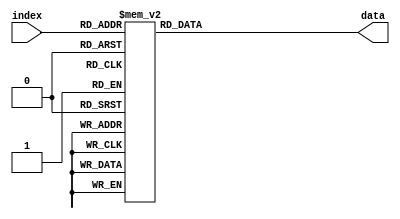
module DS1(index, data);

	/*
		I/O
	*/
	input [5:0] index;
	output reg [109:0] data; 
	
	/*
		Data
	*/
	always @(*)
	begin
		case(index)
			6'b000000:
			begin
				data[6:0] = 7'd77;
				data[7] = 1'd0;
				data[15:8] = 8'd255;
				data[23:16] = 8'd175;
				data[31:24] = 8'd100;
				data[47:32] = 16'd3000;
				data[55:48] = 8'd239;
				data[63:56] = 8'd17;
				data[79:64] = 16'd0;
				data[85:80] = 6'd1;
				data[109:86] = 24'd4272433;		
			end
			6'b000001:
			begin
				data[6:0] = 7'd77;
				data[7] = 1'd1;
				data[15:8] = 8'd254;
				data[23:16] = 8'd176;
				data[31:24] = 8'd100;
				data[47:32] = 16'd3500;
				data[55:48] = 8'd239;
				data[63:56] = 8'd17;
				data[79:64] = 16'd0;
				data[85:80] = 6'd1;
				data[109:86] = 24'd4272433;
			end 
			6'b000010:
			begin
				data[6:0] = 7'd77;
				data[7] = 1'd0;
				data[15:8] = 8'd253;
				data[23:16] = 8'd177;
				data[31:24] = 8'd100;
				data[47:32] = 16'd4000;
				data[55:48] = 8'd239;
				data[63:56] = 8'd17;
				data[79:64] = 16'd0;
				data[85:80] = 6'd1;
				data[109:86] = 24'd4272433;
			end 
			6'b000011:
			begin
				data[6:0] = 7'd77;
				data[7] = 1'd1;
				data[15:8] = 8'd252;
				data[23:16] = 8'd178;
				data[31:24] = 8'd100;
				data[47:32] = 16'd4500;
				data[55:48] = 8'd239;
				data[63:56] = 8'd17;
				data[79:64] = 16'd0;
				data[85:80] = 6'd1;
				data[109:86] = 24'd4272433;
			end 
			6'b000100:
			begin
				data[6:0] = 7'd77;
				data[7] = 1'd1;
				data[15:8] = 8'd251;
				data[23:16] = 8'd179;
				data[31:24] = 8'd100;
				data[47:32] = 16'd5000;
				data[55:48] = 8'd239;
				data[63:56] = 8'd17;
				data[79:64] = 16'd0;
				data[85:80] = 6'd1;
				data[109:86] = 24'd4272433;
			end 
			6'b000101:
			begin
				data[6:0] = 7'd77;
				data[7] = 1'd1;
				data[15:8] = 8'd250;
				data[23:16] = 8'd180;
				data[31:24] = 8'd100;
				data[47:32] = 16'd5500;
				data[55:48] = 8'd239;
				data[63:56] = 8'd17;
				data[79:64] = 16'd0;
				data[85:80] = 6'd1;
				data[109:86] = 24'd4272433;
			end 
			6'b000110:
			begin
				data[6:0] = 7'd77;
				data[7] = 1'd0;
				data[15:8] = 8'd249;
				data[23:16] = 8'd181;
				data[31:24] = 8'd100;
				data[47:32] = 16'd6000;
				data[55:48] = 8'd239;
				data[63:56] = 8'd17;
				data[79:64] = 16'd0;
				data[85:80] = 6'd1;
				data[109:86] = 24'd4272433;
			end 
			6'b000111:
			begin
				data[6:0] = 7'd77;
				data[7] = 1'd0;
				data[15:8] = 8'd248;
				data[23:16] = 8'd182;
				data[31:24] = 8'd100;
				data[47:32] = 16'd6500;
				data[55:48] = 8'd239;
				data[63:56] = 8'd17;
				data[79:64] = 16'd0;
				data[85:80] = 6'd1;
				data[109:86] = 24'd4272433;
			end 
			6'b001000:
			begin
				data[6:0] = 7'd77;
				data[7] = 1'd0;
				data[15:8] = 8'd247;
				data[23:16] = 8'd183;
				data[31:24] = 8'd100;
				data[47:32] = 16'd7000;
				data[55:48] = 8'd239;
				data[63:56] = 8'd17;
				data[79:64] = 16'd0;
				data[85:80] = 6'd1;
				data[109:86] = 24'd4272433;
			end
			6'b001001:
			begin
				data[6:0] = 7'd77;
				data[7] = 1'd0;
				data[15:8] = 8'd246;
				data[23:16] = 8'd184;
				data[31:24] = 8'd100;
				data[47:32] = 16'd7500;
				data[55:48] = 8'd239;
				data[63:56] = 8'd17;
				data[79:64] = 16'd0;
				data[85:80] = 6'd1;
				data[109:86] = 24'd4272433;
			end
			6'b001010:
			begin
				data[6:0] = 7'd77;
				data[7] = 1'd0;
				data[15:8] = 8'd245;
				data[23:16] = 8'd185;
				data[31:24] = 8'd100;
				data[47:32] = 16'd8000;
				data[55:48] = 8'd239;
				data[63:56] = 8'd17;
				data[79:64] = 16'd0;
				data[85:80] = 6'd1;
				data[109:86] = 24'd4272433;
			end
			6'b001011:
			begin
				data[6:0] = 7'd77;
				data[7] = 1'd0;
				data[15:8] = 8'd244;
				data[23:16] = 8'd186;
				data[31:24] = 8'd100;
				data[47:32] = 16'd8500;
				data[55:48] = 8'd239;
				data[63:56] = 8'd17;
				data[79:64] = 16'd0;
				data[85:80] = 6'd1;
				data[109:86] = 24'd4272433;
			end
			6'b001100:
			begin
				data[6:0] = 7'd77;
				data[7] = 1'd0;
				data[15:8] = 8'd243;
				data[23:16] = 8'd187;
				data[31:24] = 8'd100;
				data[47:32] = 16'd9000;
				data[55:48] = 8'd239;
				data[63:56] = 8'd17;
				data[79:64] = 16'd0;
				data[85:80] = 6'd1;
				data[109:86] = 24'd4272433;
			end
			6'b001101:
			begin
				data[6:0] = 7'd77;
				data[7] = 1'd0;
				data[15:8] = 8'd242;
				data[23:16] = 8'd188;
				data[31:24] = 8'd100;
				data[47:32] = 16'd9500;
				data[55:48] = 8'd239;
				data[63:56] = 8'd17;
				data[79:64] = 16'd0;
				data[85:80] = 6'd1;
				data[109:86] = 24'd4272433;
			end
			6'b001110:
			begin
				data[6:0] = 7'd77;
				data[7] = 1'd0;
				data[15:8] = 8'd241;
				data[23:16] = 8'd189;
				data[31:24] = 8'd100;
				data[47:32] = 16'd10000;
				data[55:48] = 8'd239;
				data[63:56] = 8'd17;
				data[79:64] = 16'd0;
				data[85:80] = 6'd1;
				data[109:86] = 24'd4272433;
			end
			6'b001111:
			begin
				data[6:0] = 7'd77;
				data[7] = 1'd1;
				data[15:8] = 8'd240;
				data[23:16] = 8'd190;
				data[31:24] = 8'd100;
				data[47:32] = 16'd10500;
				data[55:48] = 8'd239;
				data[63:56] = 8'd17;
				data[79:64] = 16'd0;
				data[85:80] = 6'd1;
				data[109:86] = 24'd4272433;
			end
			6'b010000:
			begin
				data[6:0] = 7'd77;
				data[7] = 1'd1;
				data[15:8] = 8'd239;
				data[23:16] = 8'd191;
				data[31:24] = 8'd100;
				data[47:32] = 16'd11000;
				data[55:48] = 8'd239;
				data[63:56] = 8'd17;
				data[79:64] = 16'd0;
				data[85:80] = 6'd1;
				data[109:86] = 24'd4272433;
			end
			6'b010001:
			begin
				data[6:0] = 7'd77;
				data[7] = 1'd1;
				data[15:8] = 8'd238;
				data[23:16] = 8'd192;
				data[31:24] = 8'd100;
				data[47:32] = 16'd11500;
				data[55:48] = 8'd239;
				data[63:56] = 8'd17;
				data[79:64] = 16'd0;
				data[85:80] = 6'd1;
				data[109:86] = 24'd4272433;
			end
			6'b010010:
			begin
				data[6:0] = 7'd77;
				data[7] = 1'd0;
				data[15:8] = 8'd237;
				data[23:16] = 8'd193;
				data[31:24] = 8'd100;
				data[47:32] = 16'd12000;
				data[55:48] = 8'd239;
				data[63:56] = 8'd17;
				data[79:64] = 16'd0;
				data[85:80] = 6'd1;
				data[109:86] = 24'd4272433;
			end
			6'b010011:
			begin
				data[6:0] = 7'd77;
				data[7] = 1'd1;
				data[15:8] = 8'd236;
				data[23:16] = 8'd194;
				data[31:24] = 8'd100;
				data[47:32] = 16'd12500;
				data[55:48] = 8'd239;
				data[63:56] = 8'd17;
				data[79:64] = 16'd0;
				data[85:80] = 6'd1;
				data[109:86] = 24'd4272433;
			end
			6'b010100:
			begin
				data[6:0] = 7'd77;
				data[7] = 1'd0;
				data[15:8] = 8'd235;
				data[23:16] = 8'd195;
				data[31:24] = 8'd100;
				data[47:32] = 16'd13000;
				data[55:48] = 8'd239;
				data[63:56] = 8'd17;
				data[79:64] = 16'd0;
				data[85:80] = 6'd1;
				data[109:86] = 24'd4272433;
			end
			6'b0010101:
			begin
				data[6:0] = 7'd77;
				data[7] = 1'd1;
				data[15:8] = 8'd234;
				data[23:16] = 8'd196;
				data[31:24] = 8'd100;
				data[47:32] = 16'd13500;
				data[55:48] = 8'd239;
				data[63:56] = 8'd17;
				data[79:64] = 16'd0;
				data[85:80] = 6'd1;
				data[109:86] = 24'd4272433;
			end
			6'b0010110:
			begin
				data[6:0] = 7'd77;
				data[7] = 1'd1;
				data[15:8] = 8'd233;
				data[23:16] = 8'd197;
				data[31:24] = 8'd100;
				data[47:32] = 16'd14000;
				data[55:48] = 8'd239;
				data[63:56] = 8'd17;
				data[79:64] = 16'd0;
				data[85:80] = 6'd1;
				data[109:86] = 24'd4272433;
			end
			6'b010111:
			begin
				data[6:0] = 7'd77;
				data[7] = 1'd0;
				data[15:8] = 8'd232;
				data[23:16] = 8'd198;
				data[31:24] = 8'd100;
				data[47:32] = 16'd14500;
				data[55:48] = 8'd239;
				data[63:56] = 8'd17;
				data[79:64] = 16'd0;
				data[85:80] = 6'd1;
				data[109:86] = 24'd4272433;
			end
			6'b011000:
			begin
				data[6:0] = 7'd77;
				data[7] = 1'd1;
				data[15:8] = 8'd231;
				data[23:16] = 8'd199;
				data[31:24] = 8'd100;
				data[47:32] = 16'd15000;
				data[55:48] = 8'd239;
				data[63:56] = 8'd17;
				data[79:64] = 16'd0;
				data[85:80] = 6'd1;
				data[109:86] = 24'd4272433;
			end
			6'b011001:
			begin
				data[6:0] = 7'd77;
				data[7] = 1'd0;
				data[15:8] = 8'd230;
				data[23:16] = 8'd200;
				data[31:24] = 8'd100;
				data[47:32] = 16'd15500;
				data[55:48] = 8'd239;
				data[63:56] = 8'd17;
				data[79:64] = 16'd0;
				data[85:80] = 6'd1;
				data[109:86] = 24'd4272433;
			end
			6'b011010:
			begin
				data[6:0] = 7'd77;
				data[7] = 1'd0;
				data[15:8] = 8'd229;
				data[23:16] = 8'd201;
				data[31:24] = 8'd100;
				data[47:32] = 16'd16000;
				data[55:48] = 8'd239;
				data[63:56] = 8'd17;
				data[79:64] = 16'd0;
				data[85:80] = 6'd1;
				data[109:86] = 24'd4272433;
			end
			6'b011011:
			begin
				data[6:0] = 7'd77;
				data[7] = 1'd0;
				data[15:8] = 8'd228;
				data[23:16] = 8'd202;
				data[31:24] = 8'd100;
				data[47:32] = 16'd16500;
				data[55:48] = 8'd239;
				data[63:56] = 8'd17;
				data[79:64] = 16'd0;
				data[85:80] = 6'd1;
				data[109:86] = 24'd4272433;
			end
			6'b011100:
			begin
				data[6:0] = 7'd77;
				data[7] = 1'd1;
				data[15:8] = 8'd227;
				data[23:16] = 8'd203;
				data[31:24] = 8'd100;
				data[47:32] = 16'd17000;
				data[55:48] = 8'd239;
				data[63:56] = 8'd17;
				data[79:64] = 16'd0;
				data[85:80] = 6'd1;
				data[109:86] = 24'd4272433;
			end
			6'b011101:
			begin
				data[6:0] = 7'd77;
				data[7] = 1'd1;
				data[15:8] = 8'd226;
				data[23:16] = 8'd204;
				data[31:24] = 8'd100;
				data[47:32] = 16'd17500;
				data[55:48] = 8'd239;
				data[63:56] = 8'd17;
				data[79:64] = 16'd0;
				data[85:80] = 6'd1;
				data[109:86] = 24'd4272433;
			end
			6'b011110:
			begin
				data[6:0] = 7'd77;
				data[7] = 1'd1;
				data[15:8] = 8'd225;
				data[23:16] = 8'd205;
				data[31:24] = 8'd100;
				data[47:32] = 16'd18000;
				data[55:48] = 8'd239;
				data[63:56] = 8'd17;
				data[79:64] = 16'd0;
				data[85:80] = 6'd1;
				data[109:86] = 24'd4272433;
			end
			6'b011111:
			begin
				data[6:0] = 7'd77;
				data[7] = 1'd1;
				data[15:8] = 8'd244;
				data[23:16] = 8'd206;
				data[31:24] = 8'd100;
				data[47:32] = 16'd18500;
				data[55:48] = 8'd239;
				data[63:56] = 8'd17;
				data[79:64] = 16'd0;
				data[85:80] = 6'd1;
				data[109:86] = 24'd4272433;
			end
			6'b100000:
			begin
				data[6:0] = 7'd77;
				data[7] = 1'd0;
				data[15:8] = 8'd243;
				data[23:16] = 8'd207;
				data[31:24] = 8'd100;
				data[47:32] = 16'd19000;
				data[55:48] = 8'd239;
				data[63:56] = 8'd17;
				data[79:64] = 16'd0;
				data[85:80] = 6'd1;
				data[109:86] = 24'd4272433;
			end
			6'b100001:
			begin
				data[6:0] = 7'd77;
				data[7] = 1'd0;
				data[15:8] = 8'd242;
				data[23:16] = 8'd208;
				data[31:24] = 8'd100;
				data[47:32] = 16'd20000;
				data[55:48] = 8'd239;
				data[63:56] = 8'd17;
				data[79:64] = 16'd0;
				data[85:80] = 6'd1;
				data[109:86] = 24'd4272433;
			end
			6'b100010:
			begin
				data[6:0] = 7'd77;
				data[7] = 1'd1;
				data[15:8] = 8'd241;
				data[23:16] = 8'd209;
				data[31:24] = 8'd100;
				data[47:32] = 16'd20500;
				data[55:48] = 8'd239;
				data[63:56] = 8'd17;
				data[79:64] = 16'd0;
				data[85:80] = 6'd1;
				data[109:86] = 24'd4272433;
			end
			6'b100011:
			begin
				data[6:0] = 7'd77;
				data[7] = 1'd0;
				data[15:8] = 8'd240;
				data[23:16] = 8'd210;
				data[31:24] = 8'd100;
				data[47:32] = 16'd21000;
				data[55:48] = 8'd239;
				data[63:56] = 8'd17;
				data[79:64] = 16'd0;
				data[85:80] = 6'd1;
				data[109:86] = 24'd4272433;
			end
			6'b100100:
			begin
				data[6:0] = 7'd77;
				data[7] = 1'd0;
				data[15:8] = 8'd239;
				data[23:16] = 8'd211;
				data[31:24] = 8'd100;
				data[47:32] = 16'd21500;
				data[55:48] = 8'd239;
				data[63:56] = 8'd17;
				data[79:64] = 16'd0;
				data[85:80] = 6'd1;
				data[109:86] = 24'd4272433;
			end
			6'b100101:
			begin
				data[6:0] = 7'd77;
				data[7] = 1'd0;
				data[15:8] = 8'd238;
				data[23:16] = 8'd212;
				data[31:24] = 8'd100;
				data[47:32] = 16'd22000;
				data[55:48] = 8'd239;
				data[63:56] = 8'd17;
				data[79:64] = 16'd0;
				data[85:80] = 6'd1;
				data[109:86] = 24'd4272433;
			end
			6'b100110:
			begin
				data[6:0] = 7'd77;
				data[7] = 1'd0;
				data[15:8] = 8'd237;
				data[23:16] = 8'd213;
				data[31:24] = 8'd100;
				data[47:32] = 16'd22500;
				data[55:48] = 8'd239;
				data[63:56] = 8'd17;
				data[79:64] = 16'd0;
				data[85:80] = 6'd1;
				data[109:86] = 24'd4272433;
			end
			6'b100111:
			begin
				data[6:0] = 7'd77;
				data[7] = 1'd0;
				data[15:8] = 8'd236;
				data[23:16] = 8'd214;
				data[31:24] = 8'd100;
				data[47:32] = 16'd23000;
				data[55:48] = 8'd239;
				data[63:56] = 8'd17;
				data[79:64] = 16'd0;
				data[85:80] = 6'd1;
				data[109:86] = 24'd4272433;
			end
			6'b101000:
			begin
				data[6:0] = 7'd77;
				data[7] = 1'd1;
				data[15:8] = 8'd235;
				data[23:16] = 8'd215;
				data[31:24] = 8'd100;
				data[47:32] = 16'd23500;
				data[55:48] = 8'd239;
				data[63:56] = 8'd17;
				data[79:64] = 16'd0;
				data[85:80] = 6'd1;
				data[109:86] = 24'd4272433;
			end
			6'b101001:
			begin
				data[6:0] = 7'd77;
				data[7] = 1'd0;
				data[15:8] = 8'd234;
				data[23:16] = 8'd216;
				data[31:24] = 8'd100;
				data[47:32] = 16'd24000;
				data[55:48] = 8'd239;
				data[63:56] = 8'd17;
				data[79:64] = 16'd0;
				data[85:80] = 6'd1;
				data[109:86] = 24'd4272433;
			end
			6'b101010:
			begin
				data[6:0] = 7'd77;
				data[7] = 1'd0;
				data[15:8] = 8'd233;
				data[23:16] = 8'd217;
				data[31:24] = 8'd100;
				data[47:32] = 16'd24500;
				data[55:48] = 8'd239;
				data[63:56] = 8'd17;
				data[79:64] = 16'd0;
				data[85:80] = 6'd1;
				data[109:86] = 24'd4272433;
			end
			6'b101011:
			begin
				data[6:0] = 7'd77;
				data[7] = 1'd1;
				data[15:8] = 8'd232;
				data[23:16] = 8'd218;
				data[31:24] = 8'd100;
				data[47:32] = 16'd25000;
				data[55:48] = 8'd239;
				data[63:56] = 8'd17;
				data[79:64] = 16'd0;
				data[85:80] = 6'd1;
				data[109:86] = 24'd4272433;
			end
			6'b101100:
			begin
				data[6:0] = 7'd77;
				data[7] = 1'd1;
				data[15:8] = 8'd231;
				data[23:16] = 8'd219;
				data[31:24] = 8'd100;
				data[47:32] = 16'd25500;
				data[55:48] = 8'd239;
				data[63:56] = 8'd17;
				data[79:64] = 16'd0;
				data[85:80] = 6'd1;
				data[109:86] = 24'd4272433;
			end
			6'b101101:
			begin
				data[6:0] = 7'd77;
				data[7] = 1'd0;
				data[15:8] = 8'd230;
				data[23:16] = 8'd220;
				data[31:24] = 8'd100;
				data[47:32] = 16'd26000;
				data[55:48] = 8'd239;
				data[63:56] = 8'd17;
				data[79:64] = 16'd0;
				data[85:80] = 6'd1;
				data[109:86] = 24'd4272433;
			end
			6'b101110:
			begin
				data[6:0] = 7'd77;
				data[7] = 1'd0;
				data[15:8] = 8'd229;
				data[23:16] = 8'd221;
				data[31:24] = 8'd100;
				data[47:32] = 16'd26500;
				data[55:48] = 8'd239;
				data[63:56] = 8'd17;
				data[79:64] = 16'd0;
				data[85:80] = 6'd1;
				data[109:86] = 24'd4272433;
			end
			6'b101111:
			begin
				data[6:0] = 7'd77;
				data[7] = 1'd0;
				data[15:8] = 8'd228;
				data[23:16] = 8'd222;
				data[31:24] = 8'd100;
				data[47:32] = 16'd27000;
				data[55:48] = 8'd239;
				data[63:56] = 8'd17;
				data[79:64] = 16'd0;
				data[85:80] = 6'd1;
				data[109:86] = 24'd4272433;
			end
			6'b110000:
			begin
				data[6:0] = 7'd77;
				data[7] = 1'd1;
				data[15:8] = 8'd227;
				data[23:16] = 8'd223;
				data[31:24] = 8'd100;
				data[47:32] = 16'd27500;
				data[55:48] = 8'd239;
				data[63:56] = 8'd17;
				data[79:64] = 16'd0;
				data[85:80] = 6'd1;
				data[109:86] = 24'd4272433;
			end
			6'b110001:
			begin
				data[6:0] = 7'd77;
				data[7] = 1'd0;
				data[15:8] = 8'd226;
				data[23:16] = 8'd224;
				data[31:24] = 8'd100;
				data[47:32] = 16'd28000;
				data[55:48] = 8'd239;
				data[63:56] = 8'd17;
				data[79:64] = 16'd0;
				data[85:80] = 6'd1;
				data[109:86] = 24'd4272433;
			end
			6'b110010:
			begin
				data[6:0] = 7'd77;
				data[7] = 1'd0;
				data[15:8] = 8'd225;
				data[23:16] = 8'd225;
				data[31:24] = 8'd100;
				data[47:32] = 16'd28500;
				data[55:48] = 8'd239;
				data[63:56] = 8'd17;
				data[79:64] = 16'd0;
				data[85:80] = 6'd1;
				data[109:86] = 24'd4272433;
			end
			6'b110011:
			begin
				data[6:0] = 7'd77;
				data[7] = 1'd1;
				data[15:8] = 8'd224;
				data[23:16] = 8'd226;
				data[31:24] = 8'd100;
				data[47:32] = 16'd29000;
				data[55:48] = 8'd239;
				data[63:56] = 8'd17;
				data[79:64] = 16'd0;
				data[85:80] = 6'd1;
				data[109:86] = 24'd4272433;
			end
			6'b110100:
			begin
				data[6:0] = 7'd77;
				data[7] = 1'd1;
				data[15:8] = 8'd223;
				data[23:16] = 8'd227;
				data[31:24] = 8'd100;
				data[47:32] = 16'd29500;
				data[55:48] = 8'd239;
				data[63:56] = 8'd17;
				data[79:64] = 16'd0;
				data[85:80] = 6'd1;
				data[109:86] = 24'd4272433;
			end
			6'b110101:
			begin
				data[6:0] = 7'd77;
				data[7] = 1'd0;
				data[15:8] = 8'd222;
				data[23:16] = 8'd228;
				data[31:24] = 8'd100;
				data[47:32] = 16'd30000;
				data[55:48] = 8'd239;
				data[63:56] = 8'd17;
				data[79:64] = 16'd0;
				data[85:80] = 6'd1;
				data[109:86] = 24'd4272433;
			end
			6'b110110:
			begin
				data[6:0] = 7'd77;
				data[7] = 1'd0;
				data[15:8] = 8'd221;
				data[23:16] = 8'd229;
				data[31:24] = 8'd100;
				data[47:32] = 16'd30500;
				data[55:48] = 8'd239;
				data[63:56] = 8'd17;
				data[79:64] = 16'd0;
				data[85:80] = 6'd1;
				data[109:86] = 24'd4272433;
			end
			6'b110111:
			begin
				data[6:0] = 7'd77;
				data[7] = 1'd1;
				data[15:8] = 8'd220;
				data[23:16] = 8'd230;
				data[31:24] = 8'd100;
				data[47:32] = 16'd31000;
				data[55:48] = 8'd239;
				data[63:56] = 8'd17;
				data[79:64] = 16'd0;
				data[85:80] = 6'd1;
				data[109:86] = 24'd4272433;
			end
			6'b111000:
			begin
				data[6:0] = 7'd77;
				data[7] = 1'd1;
				data[15:8] = 8'd219;
				data[23:16] = 8'd231;
				data[31:24] = 8'd100;
				data[47:32] = 16'd31500;
				data[55:48] = 8'd239;
				data[63:56] = 8'd17;
				data[79:64] = 16'd0;
				data[85:80] = 6'd1;
				data[109:86] = 24'd4272433;
			end
			6'b111001:
			begin
				data[6:0] = 7'd77;
				data[7] = 1'd1;
				data[15:8] = 8'd218;
				data[23:16] = 8'd232;
				data[31:24] = 8'd100;
				data[47:32] = 16'd32000;
				data[55:48] = 8'd239;
				data[63:56] = 8'd17;
				data[79:64] = 16'd0;
				data[85:80] = 6'd1;
				data[109:86] = 24'd4272433;
			end
			6'b111010:
			begin
				data[6:0] = 7'd77;
				data[7] = 1'd1;
				data[15:8] = 8'd217;
				data[23:16] = 8'd233;
				data[31:24] = 8'd100;
				data[47:32] = 16'd32500;
				data[55:48] = 8'd239;
				data[63:56] = 8'd17;
				data[79:64] = 16'd0;
				data[85:80] = 6'd1;
				data[109:86] = 24'd4272433;
			end
			6'b111011:
			begin
				data[6:0] = 7'd77;
				data[7] = 1'd0;
				data[15:8] = 8'd216;
				data[23:16] = 8'd234;
				data[31:24] = 8'd100;
				data[47:32] = 16'd33000;
				data[55:48] = 8'd239;
				data[63:56] = 8'd17;
				data[79:64] = 16'd0;
				data[85:80] = 6'd1;
				data[109:86] = 24'd4272433;
			end
			//change all data below
			6'b111100:
			begin
                data[6:0] = 7'd77;
                data[7] = 1'd0;
                data[15:8] = 8'd215;
                data[23:16] = 8'd235;
                data[31:24] = 8'd100;
                data[47:32] = 16'd33500;
                data[55:48] = 8'd239;
                data[63:56] = 8'd17;
                data[79:64] = 16'd0;
                data[85:80] = 6'd1;
                data[109:86] = 24'd4272433;
			end
			6'b111101:
			begin
				data[6:0] = 7'd77;
                data[7] = 1'd0;
                data[15:8] = 8'd214;
                data[23:16] = 8'd236;
                data[31:24] = 8'd100;
                data[47:32] = 16'd34000;
                data[55:48] = 8'd239;
                data[63:56] = 8'd17;
                data[79:64] = 16'd0;
                data[85:80] = 6'd1;
                data[109:86] = 24'd4272433;
			end
			6'b111110:
			begin
				data[6:0] = 7'd77;
                data[7] = 1'd0;
                data[15:8] = 8'd213;
                data[23:16] = 8'd237;
                data[31:24] = 8'd100;
                data[47:32] = 16'd34500;
                data[55:48] = 8'd239;
                data[63:56] = 8'd17;
                data[79:64] = 16'd0;
                data[85:80] = 6'd1;
                data[109:86] = 24'd4272433;
			end
			6'b111111:
			begin
				data[6:0] = 7'd77;
                data[7] = 1'd0;
                data[15:8] = 8'd212;
                data[23:16] = 8'd238;
                data[31:24] = 8'd100;
                data[47:32] = 16'd35000;
                data[55:48] = 8'd239;
                data[63:56] = 8'd17;
                data[79:64] = 16'd0;
                data[85:80] = 6'd1;
                data[109:86] = 24'd4272433;
			end
			default:
				data = 110'd0;
		endcase
	end
endmodule